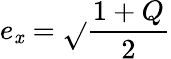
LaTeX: e_{\mathit{x}}={\sqrt{}{{\frac{{1+Q}}{{2}}}}}